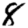
Digit: 8